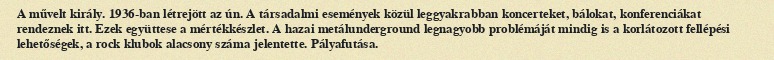
A művelt király. 1936-ban létrejött az ún. A társadalmi események közül leggyakrabban koncerteket, bálokat, konferenciákat rendeznek itt. Ezek együttese a mértékkészlet. A hazai metálunderground legnagyobb problémáját mindig is a korlátozott fellépési lehetőségek, a rock klubok alacsony száma jelentette. Pályafutása.